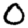
Digit: 0